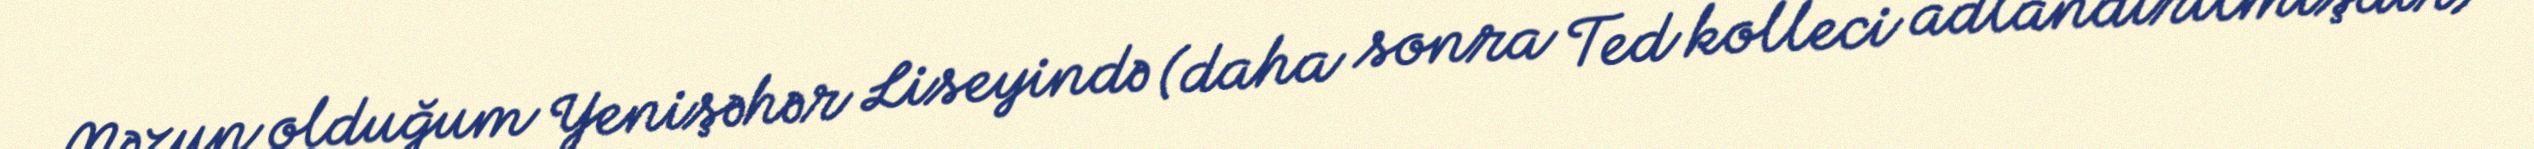
Məzun olduğum Yenişəhər Liseyində (daha sonra Ted kolleci adlandırılmışdır)